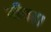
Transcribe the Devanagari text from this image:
बीतहा